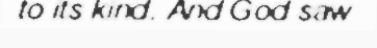
to its kind. And God saw